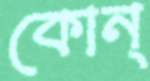
কোন্